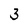
Character: 3